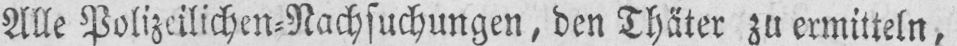
Alle Polizeilichen⸗Nachsuchungen, den Thäter zu ermitteln,